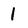
Character: I